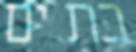
בת ים